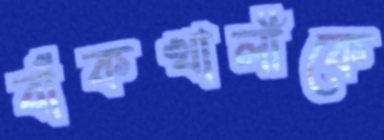
বাঁকখালীকে